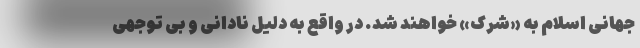
جهانی اسلام به «شرک» خواهند شد. در واقع به دلیل نادانی و بی توجهی